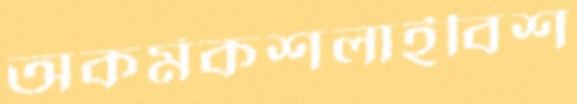
অকর্মকশলাইবিশ